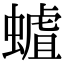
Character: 𧐅